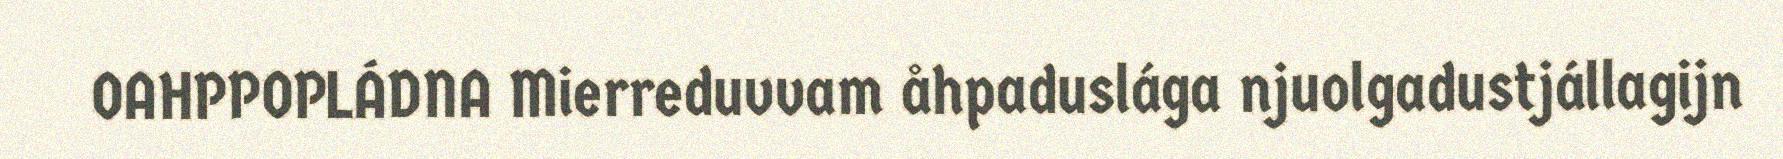
OAHPPOPLÁDNA Mierreduvvam åhpaduslága njuolgadustjállagijn